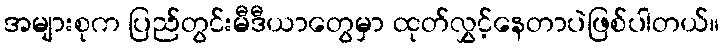
အများစုက ပြည်တွင်းမီဒီယာတွေမှာ ထုတ်လွှင့်နေတာပဲဖြစ်ပါတယ်။